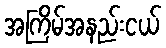
အကြိမ်အနည်းငယ်